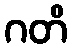
ဂတိ